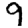
Digit: 9